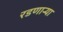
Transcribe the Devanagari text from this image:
रडणार्‍या